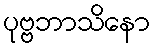
ပုဗ္ဗဘာသိနော